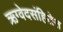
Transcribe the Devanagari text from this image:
ऋग्वेदसंहितेत